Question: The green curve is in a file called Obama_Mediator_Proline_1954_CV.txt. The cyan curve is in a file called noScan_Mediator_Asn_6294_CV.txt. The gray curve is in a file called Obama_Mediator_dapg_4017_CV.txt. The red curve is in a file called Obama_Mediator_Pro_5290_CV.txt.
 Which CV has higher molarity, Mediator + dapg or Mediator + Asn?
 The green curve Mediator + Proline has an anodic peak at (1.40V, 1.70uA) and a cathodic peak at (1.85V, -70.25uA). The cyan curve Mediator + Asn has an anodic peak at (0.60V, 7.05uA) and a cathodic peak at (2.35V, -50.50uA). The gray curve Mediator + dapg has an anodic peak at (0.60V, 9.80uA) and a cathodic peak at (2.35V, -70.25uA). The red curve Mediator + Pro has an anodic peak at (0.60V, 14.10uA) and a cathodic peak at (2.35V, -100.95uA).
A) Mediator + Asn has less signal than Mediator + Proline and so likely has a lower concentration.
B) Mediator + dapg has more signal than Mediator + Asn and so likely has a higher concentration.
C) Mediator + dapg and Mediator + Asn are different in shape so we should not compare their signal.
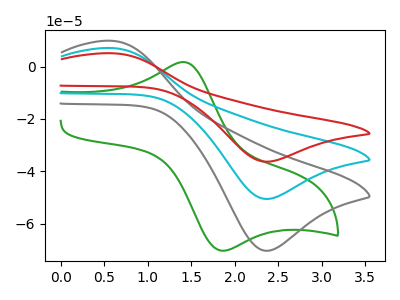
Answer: <think>All the peaks in "Mediator + dapg" have a peak in "Mediator + Asn" at the same potential. Every peak in "Mediator + dapg" is higher than every peak in "Mediator + Asn".
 </think>
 <answer>B) "Mediator + dapg" has more signal than "Mediator + Asn" and so likely has a higher concentration.</answer>
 <eval>B</eval>